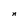
Character: n